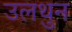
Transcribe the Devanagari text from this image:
उलथुन